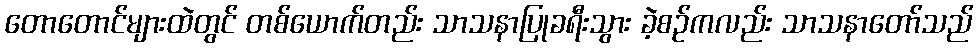
တောတောင်များထဲတွင် တစ်ယောက်တည်း သာသနာပြုခရီးသွား ခဲ့စဉ်ကလည်း သာသနာတော်သည်